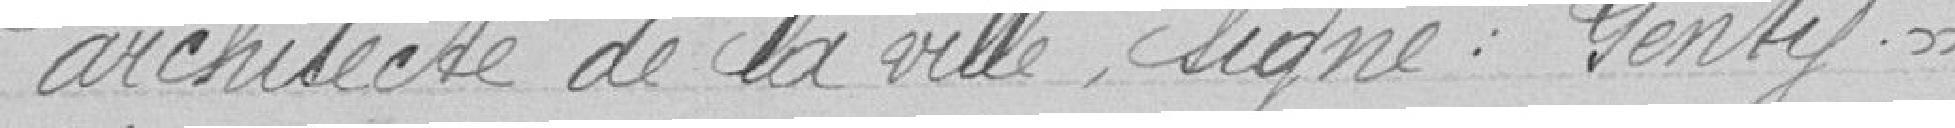
L'architecte de la ville, Signé : Genty.